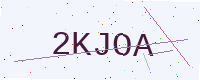
Text: 2KJOA